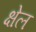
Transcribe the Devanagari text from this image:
क्षेल